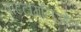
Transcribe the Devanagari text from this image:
बाटटागलिओन